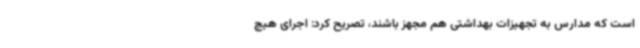
است که مدارس به تجهیزات بهداشتی هم مجهز باشند، تصریح کرد: اجرای هیچ